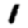
Digit: 1